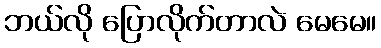
ဘယ်လို ပြောလိုက်တာလဲ မေမေ။